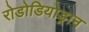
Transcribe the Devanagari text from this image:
रोडोडियोड्रान